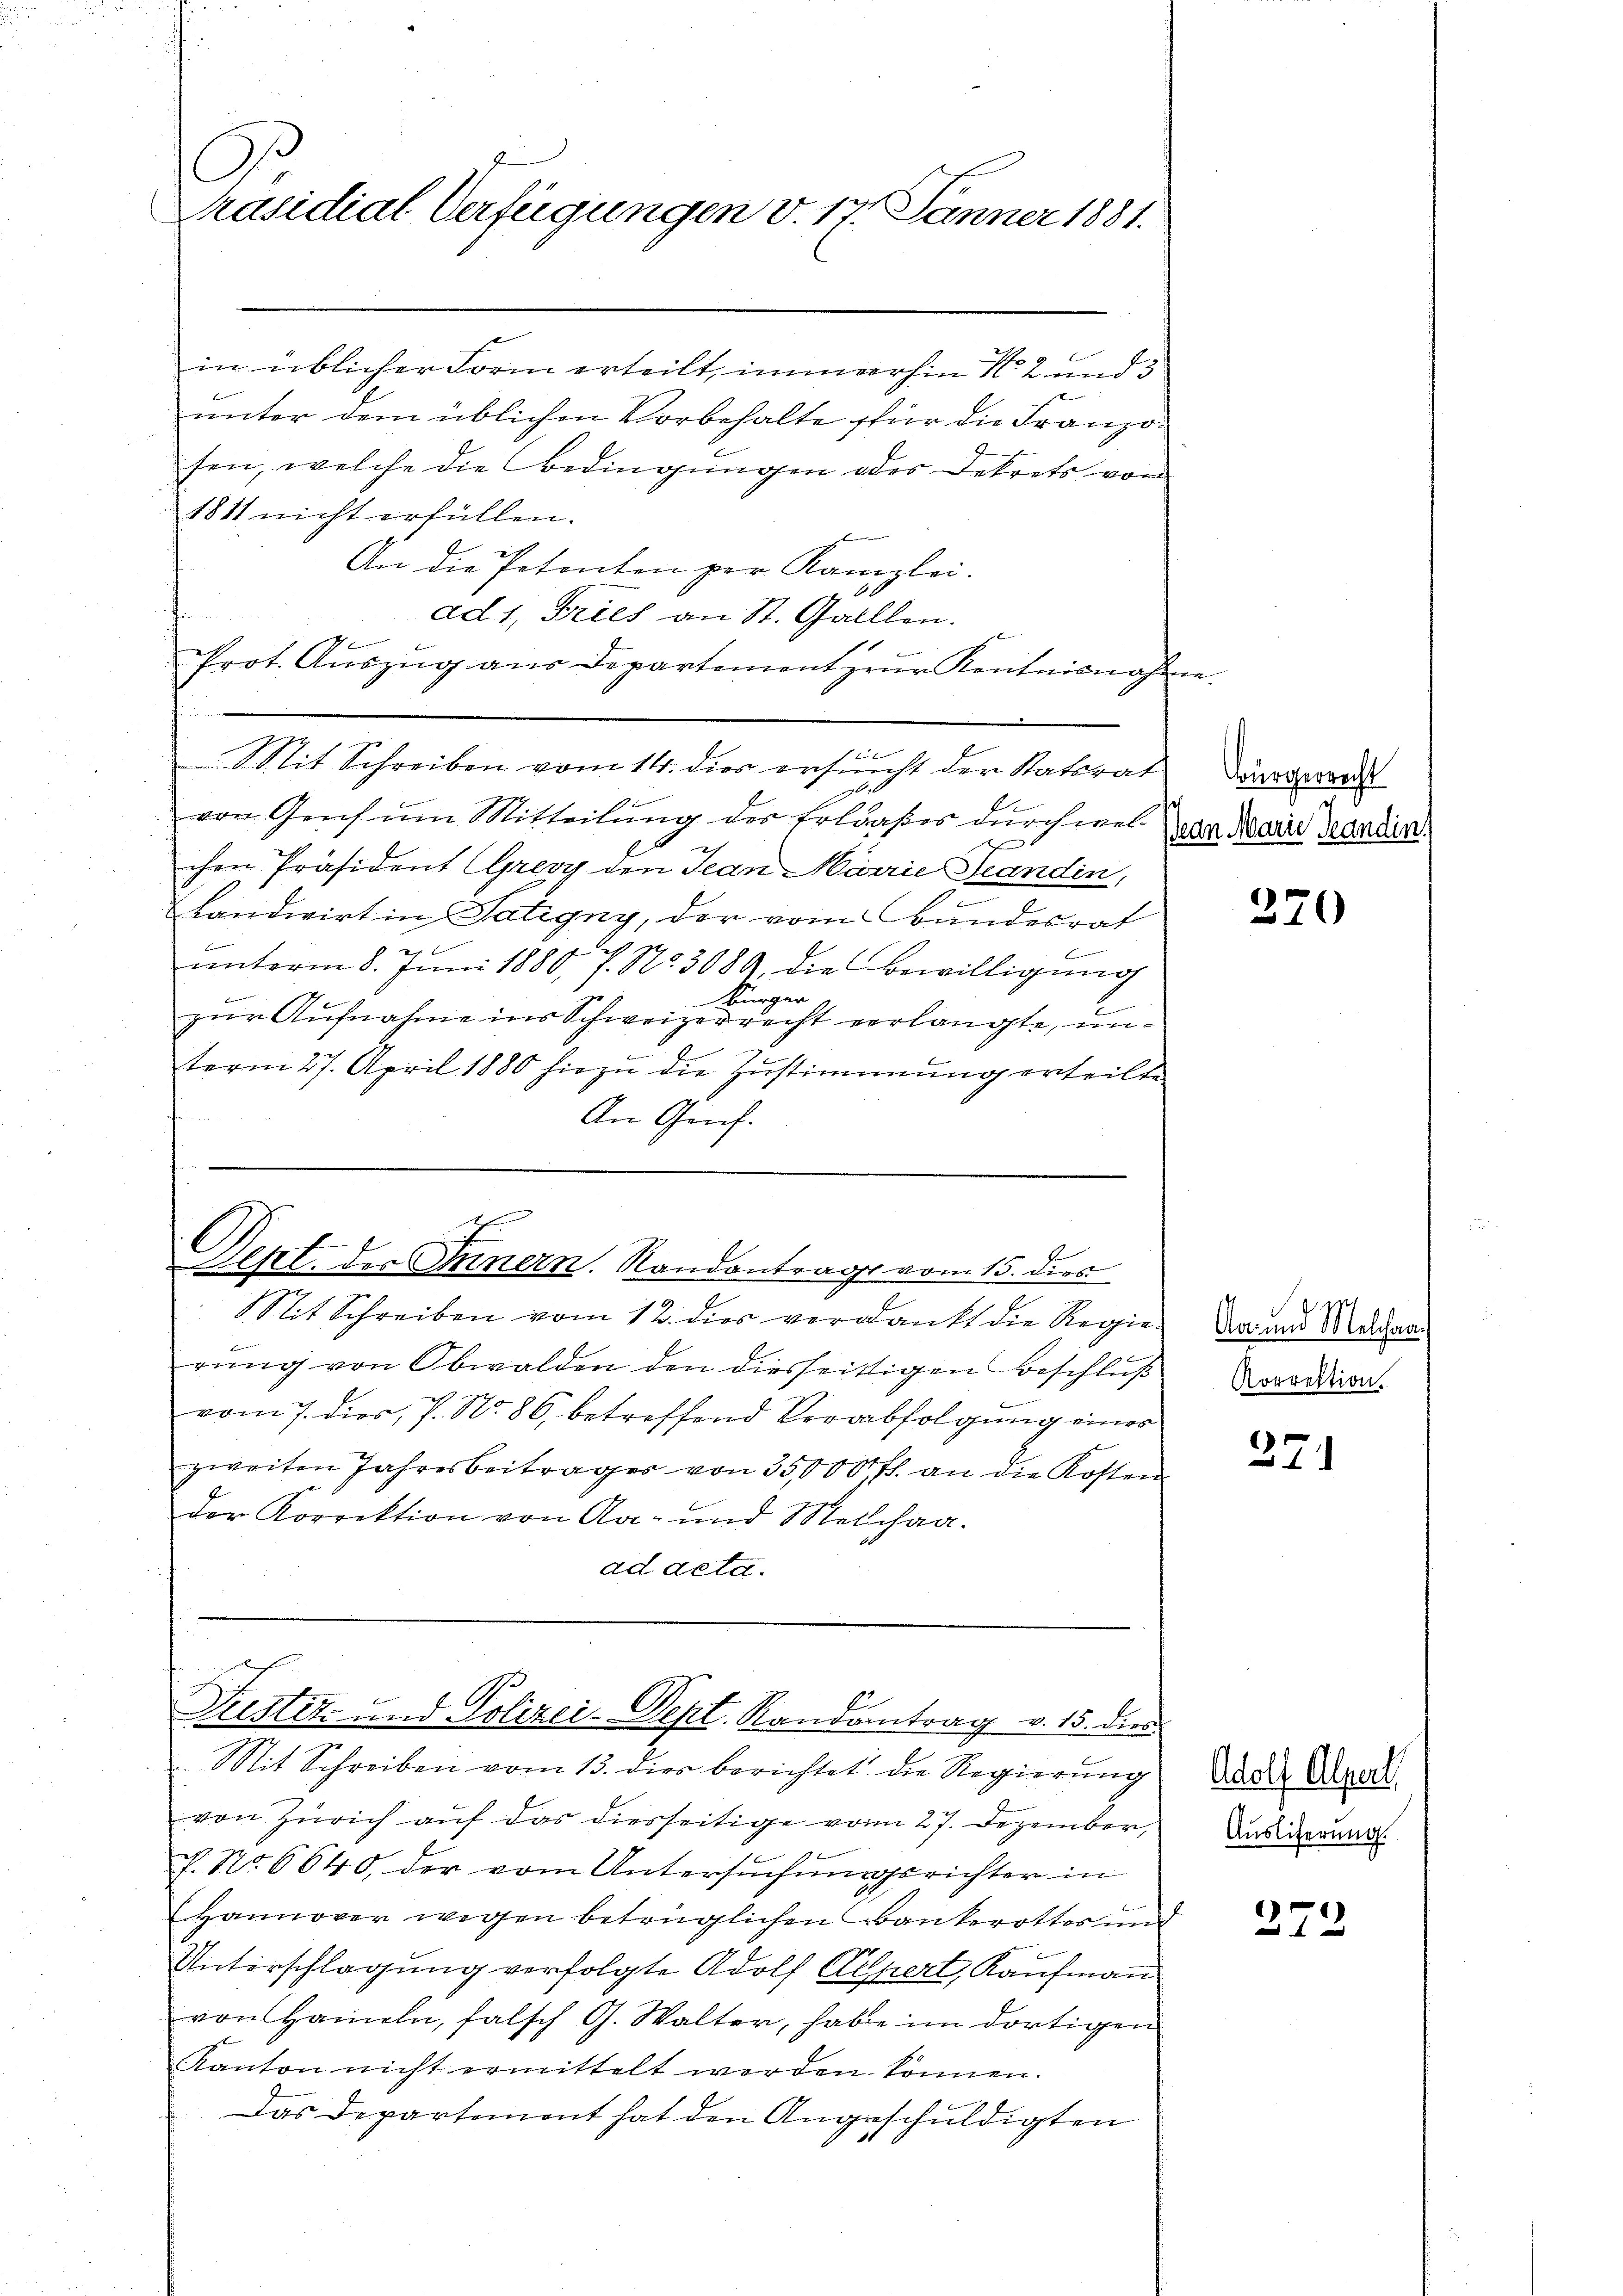
Präsidial Verfügungen v. 17. Jänner 1881.

in üblicher Form erteilt, immerhin No 2 und 3
unter dem üblichen Vorbehalte für die Französen, welche die Bedingungen oder Dekrets von
1811 nicht erfüllen.
An die Petenten per Kanzlei.
ad 1, Fries an St. Galllen.
Prot. Auszug aus Departement zum Kentnisnah
f 6 x
Mit Schreiben vom 14. dies ersucht der Statsrat
.
von Genf um Mitteilung des Erlaßes durch wel
x
chen Präsident (Grevy den Jean Marie Scandin,
Landwirt in Satigny, der vom Bundesrat
unterm 8. Juni 1880, 7. No. 3089, die Bewilligung
Bürger
zur Aufnahme ins Schweizerrecht verlangte, unterm 27. April 1880 hiezu die Zustimmung erteilte
An Genf.

Mit Schreiben vom 12. dies verdankt die Regierŭng von Obwalden den diesseitigen Beschlŭβ
vom 7. dies, 7. No. 86, betreffend Verabfolgung eines
zweiten Jahresbeitrages von 35,000 fl. an die Kosten
der Korrektion von Aar- und Melchaa
ad acta.

n

E
Sept. des Innern. Randantrags vom 15. dies

r
l
Justiz- und Polizei-Sept. Randantrag v. 15. dies
Mit Schreiben vom 13. dies berichtet die Regierung

von Zürich auf das diesseitige vom 27. Dezember,
h. No. 6640, der vom Untersuchungsrichter in
Hannover wegen betrüglichen Bankerotter und
Unterschlagung verfolgte Adolf Aelpert, Kaufmann
von Hammeln, falsch G. Walter, habe im dortigen
Kanton nicht ermittelt werden können.
Das Departement hat den Angeschuldigten

Bürgerrecht
pean Marie Grandin,

370

Aa- und Melchaa
Korrektion.

271

Adolf Alpert
Auslieferung.

272